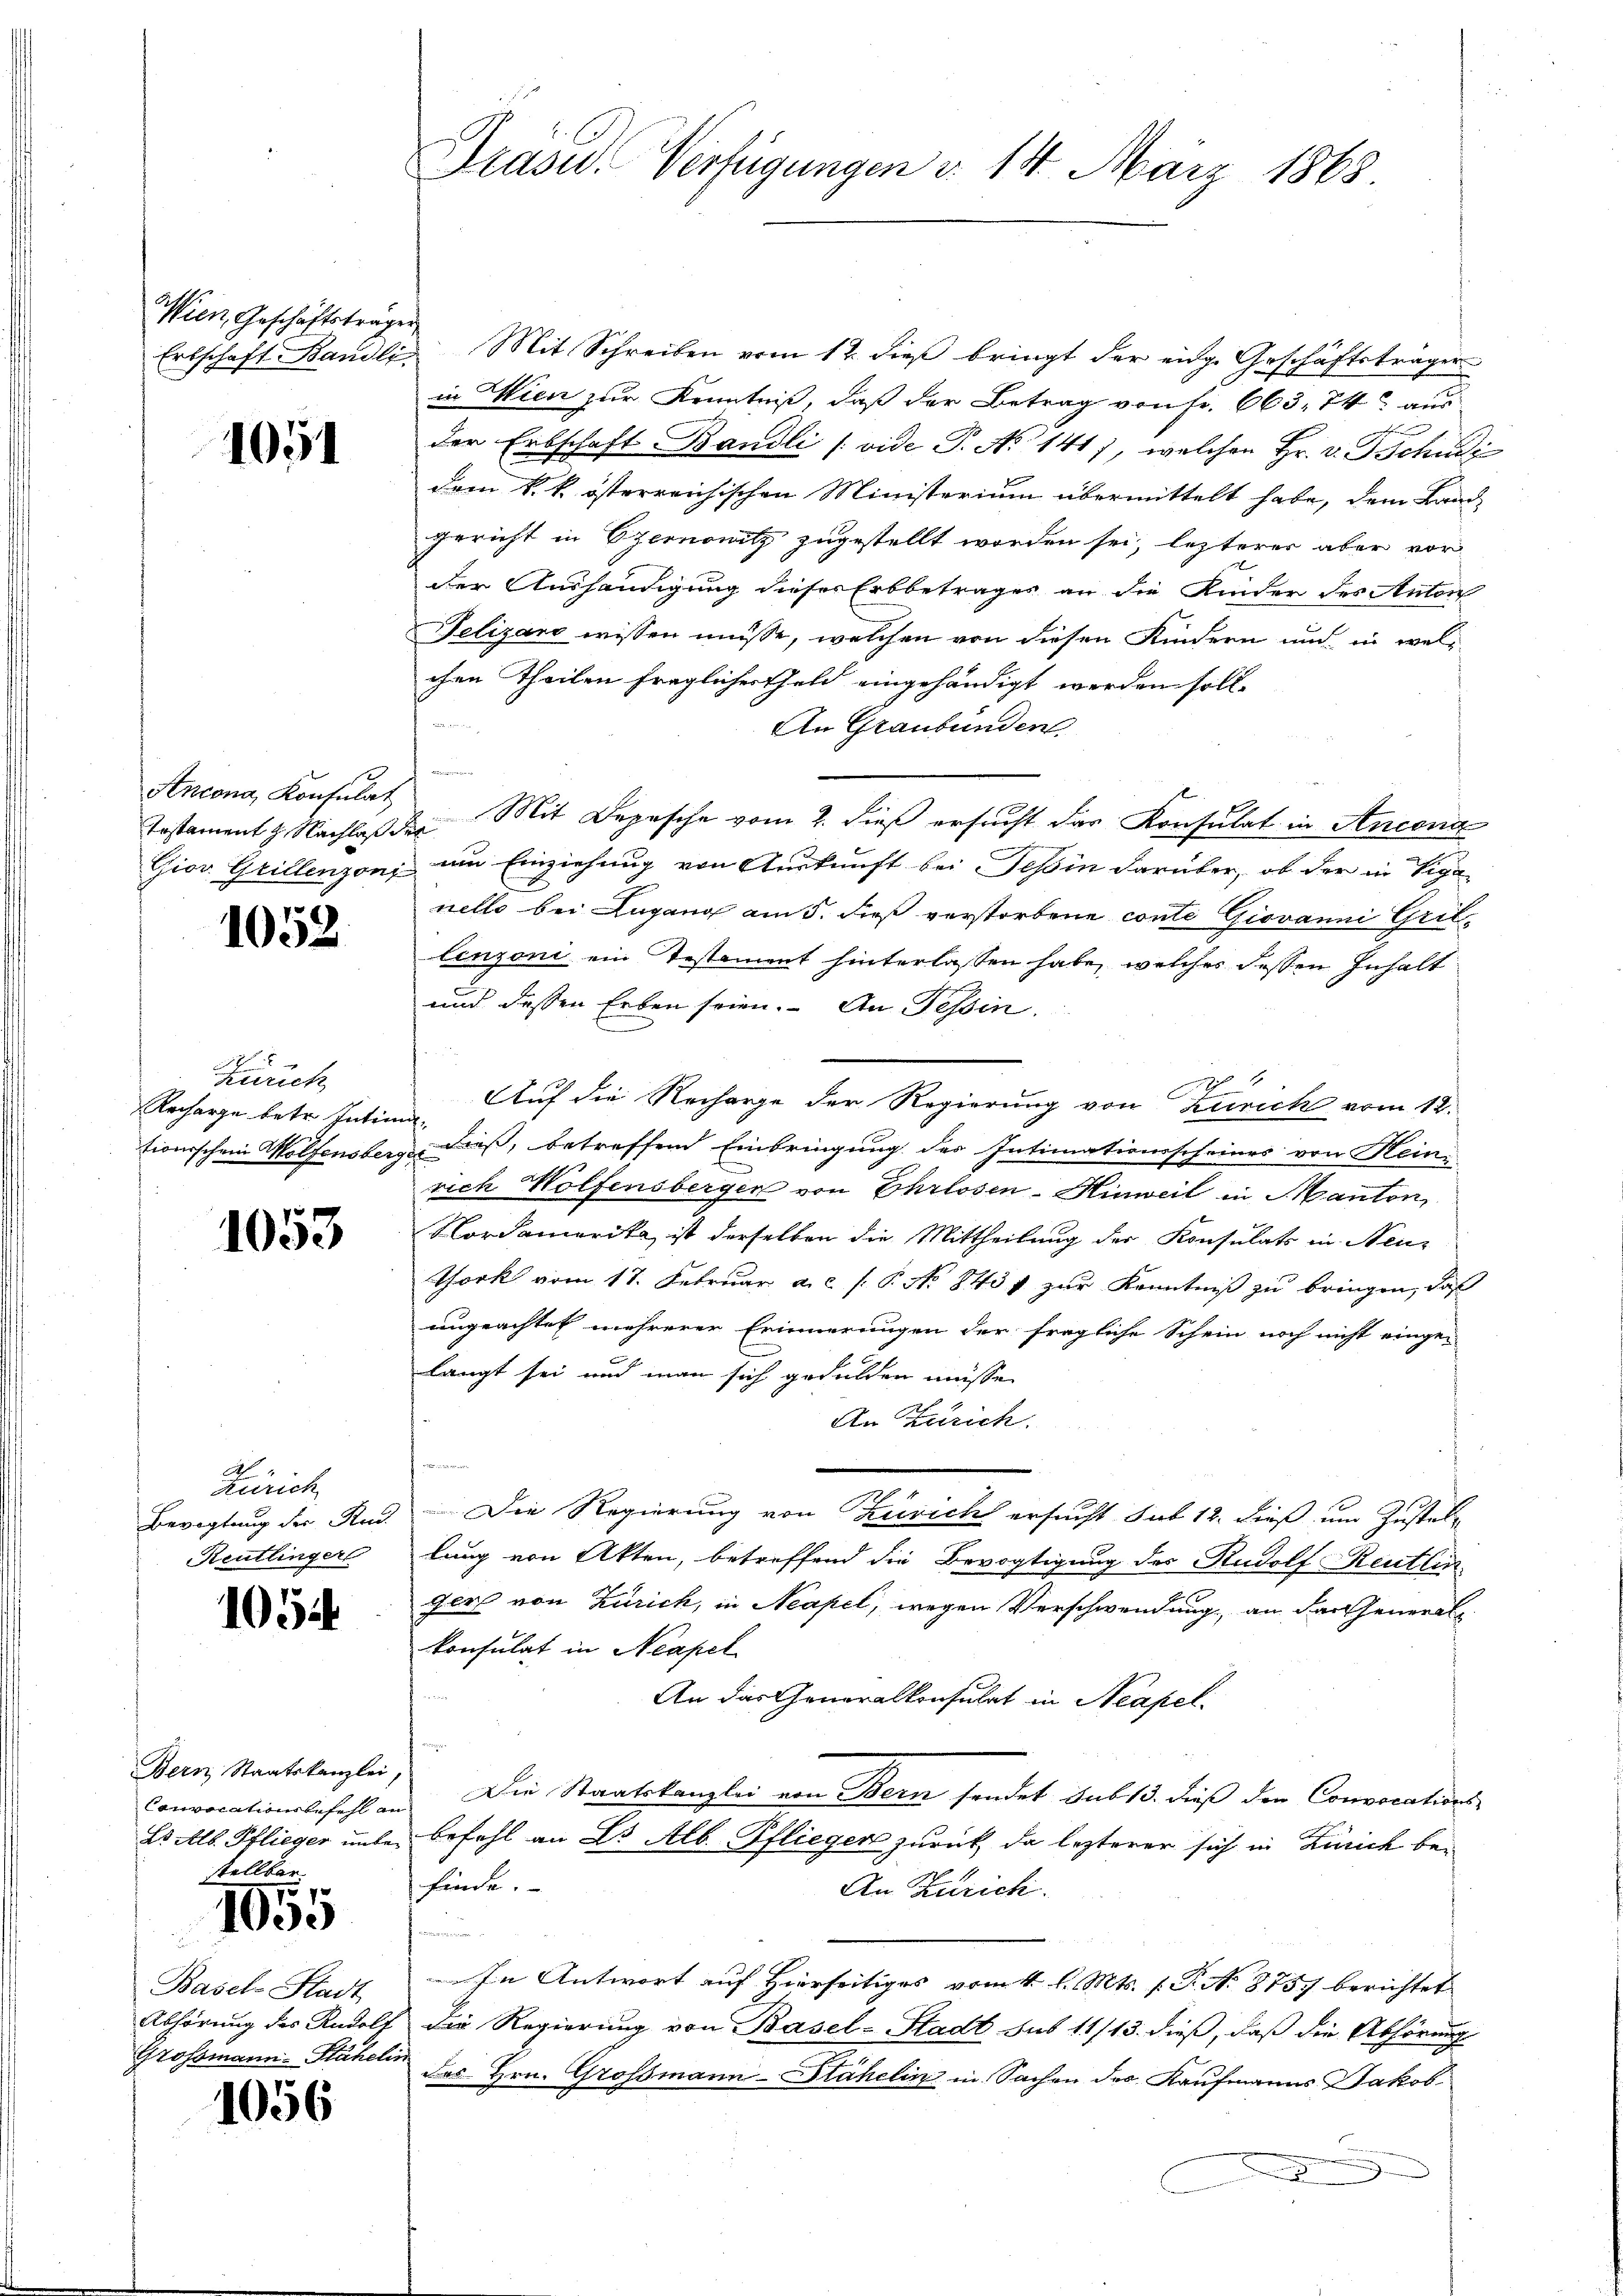
Wien, Geschäftsträger

1051

Ancona, Konsulat
Instament J. Nachlaß der
Gior. Grillenzoni

1052.

Zürich
Recharge betr. Intim
tionischen Wolfensberg

1053

Zürich
Bevogtung der Rud.
Reutlinger

1054

Bern Staatskanzlei,
Convocationsbefehl an
Lo Alb. Pflieger unbestellbar

1055

Basel Stadt
Abhörung des Rudolf
Grossmann-Stähel

1056

Präsid. Verfügungen v. 14. März 1865.

Erbschaft Bandli Mit Schreiben vom 12. dieß bringt der eige Geschäftsträger
in Wien zur Kenntniß, daß der Betrag von Fr. 663. 74 aus
der Erbschaft Bändli (vide P. No 141), welchen Hr. v. Tschudi
dem k. k. österreichischen Ministerium übermittelt habe, dem Land-
Gericht in Czernowitz zugestellt worden sei, lezterer aber vor
der Aushändigung dieses Erbbetrages an die Kinder des Antorf
Felizard wissen müsse, welchen von diesen Kindern und in welchen Theilen fraglicher Geld eingehändigt werden soll.
An Graubünden
u
2 Mit Depesche vom 2. dieß ersucht das Konsulat in Antona
um Einziehung von Auskunft bei Tessin darüber, ob der in Viga
nelle bei Lugang am 5. dieß verstorbene conte Giovanni Gritlinzoni ein Testament hinterlassen habe, welches dessen Inhalt
und dessen Erben seien. An Tessin.
Auf die Recharge der Regierung von Zürich vom 12.
dieß, betreffend Einbringung des Intimationsscheines von Heinrich Wolfensberger von Ehrlosen-Hinweil in Manton,
Nordamerika, ist derselben die Mittheilung der Konsulats in Neu¬
Tork vom 17. Februar a.c. s. P. No 843 f zur Kenntniß zu bringen, daß
ungeachtet mehrerer Erinnerungen der fragliche Schein noch nicht einge-
langt sei und man sich gedulden müsse.
An Zusich.
e
Die Regierung von Zürich ersucht sub 12. dieß um Zustellung von Akten, betreffend die Bevogtigung des Rudolf Reutlin
Jer von Zürich, in Neapel, wegen Verschwendung an das General
konsulat in Neapel
An das Generalkonsulat in Neapel.
Die Staatskanzlei von Bern sendet sub 15. dieß den Convocations-
Befehl an Dr Alb. Pflieger zurück, da lezterer sich in Zürich bei
finde.
An Zürich.
In Antwort auf Hierseitiges vom 4. l. Mts. f. P. N. 8757 berichtet
Die Regierung von Basel-Stadt sub 11/13. dieß, daß die Abhörung
des Hrn. Grossmann-Stähelin in Sachen des Kaufmanns Jakob
x